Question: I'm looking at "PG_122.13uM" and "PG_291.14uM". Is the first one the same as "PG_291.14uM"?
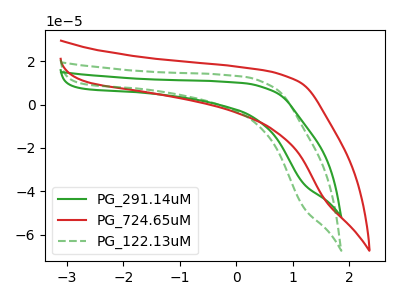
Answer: <think>The green curve "PG_291.14uM" has no peaks. The red curve "PG_724.65uM" has no peaks. The green dashed curve "PG_122.13uM" has no peaks.
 Neither "PG_122.13uM" or "PG_291.14uM" have any peaks.</think>
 <answer>"PG_122.13uM" and "PG_291.14uM" are similar in shape.</answer>
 <eval>same_shape</eval>